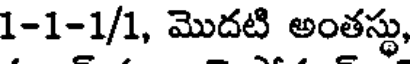
1-1-1/1, మొదటి అంతస్థు,